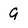
Character: g